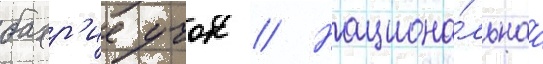
бахр'ие учок // Национа́льнаа